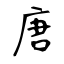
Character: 唐